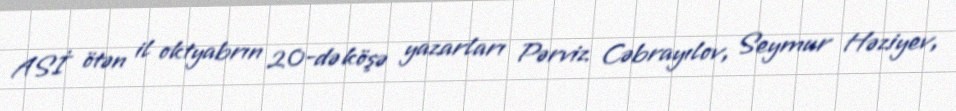
ASİ ötən il oktyabrın 20-də köşə yazarları Pərviz Cəbrayılov, Seymur Həziyev,